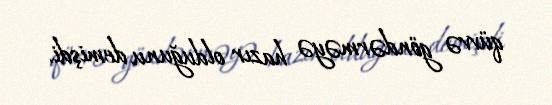
qüvvə göndərməyə hazır olduğunu demişdi.